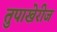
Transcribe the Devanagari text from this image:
तुपाखेरीज